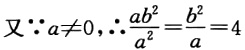
又\(\because a\neq0,\therefore \frac{ab^{2}}{a^{2}}=\frac{b^{2}}{a}=4\)